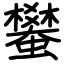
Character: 蠜